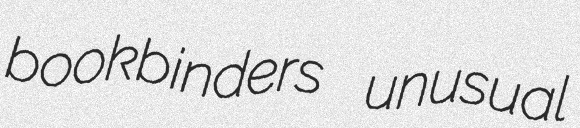
bookbinders unusual